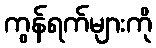
ကွန်ရက်များကို